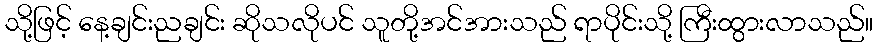
သို့ဖြင့် နေ့ချင်းညချင်း ဆိုသလိုပင် သူတို့အင်အားသည် ရာပိုင်းသို့ ကြီးထွားလာသည်။